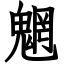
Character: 魍